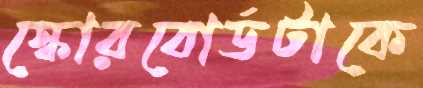
স্কোরবোর্ডটাকে